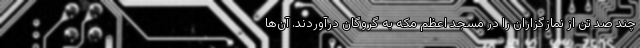
چند صد تن از نمازگزاران را در مسجد اعظم مکه به گروگان درآوردند. آن‌ها